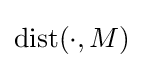
\operatorname {dist} (\cdot ,M)